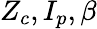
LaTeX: Z_{c},I_{p},\beta